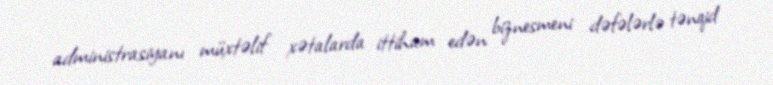
administrasiyanı müxtəlif xətalarda ittiham edən biznesmeni dəfələrlə tənqid